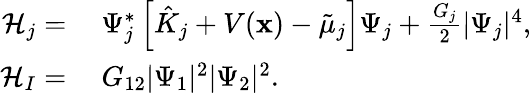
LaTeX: \begin{array}{rl}{\mathcal{H}_{j}=}&{\ \Psi_{j}^{*}\left[\hat{K}_{j}+V(\mathbf{x})-{\tilde{\mu}_{j}}\right]\Psi_{j}+\frac{G_{j}}{2}|\Psi_{j}|^{4},}\\ {\mathcal{H}_{I}=}&{\ G_{12}|\Psi_{1}|^{2}|\Psi_{2}|^{2}.}\end{array}